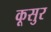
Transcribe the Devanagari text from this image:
कूसुर